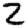
Digit: 2